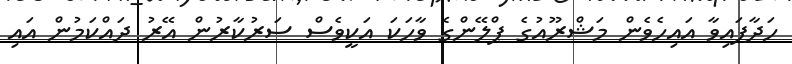
ހަދާފައިވާ އައިހެވެން މަޝްރޫއުގެ ޕްލޭންގެ ވާހަކަ އަކީވެސް ސަރުކާރުން އޭރު ދައްކަމުން އައި